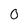
Character: 0